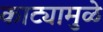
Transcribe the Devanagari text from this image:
काट्यामुळे